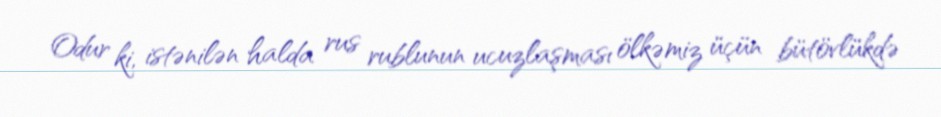
Odur ki, istənilən halda rus rublunun ucuzlaşması ölkəmiz üçün bütövlükdə